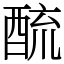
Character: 酼